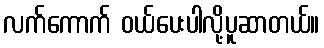
လက်ကောက် ဝယ်ပေးပါလို့ပူဆာတယ်။